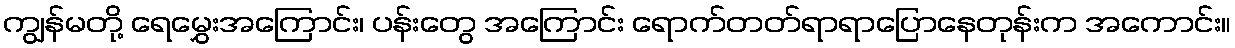
ကျွန်မတို့ ရေမွှေးအကြောင်း၊ ပန်းတွေ အကြောင်း ရောက်တတ်ရာရာပြောနေတုန်းက အကောင်း။